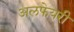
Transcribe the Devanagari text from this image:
अलफेयरी